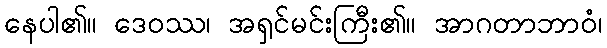
နေပါ၏။ ဒေဝဿ၊ အရှင်မင်းကြီး၏။ အာဂတာဘာဝံ၊